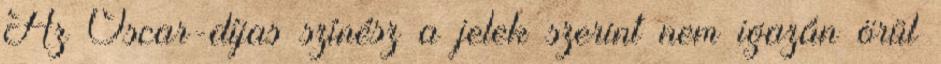
Az Oscar-díjas színész a jelek szerint nem igazán örül